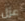
عزل